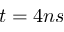
t = 4 n s